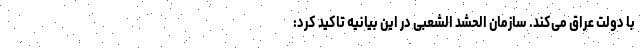
با دولت عراق می‌کند. سازمان الحشد الشعبی در این بیانیه تاکید کرد: